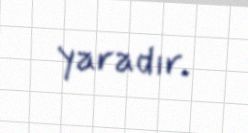
yaradır.